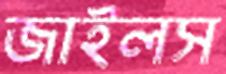
জাইলস